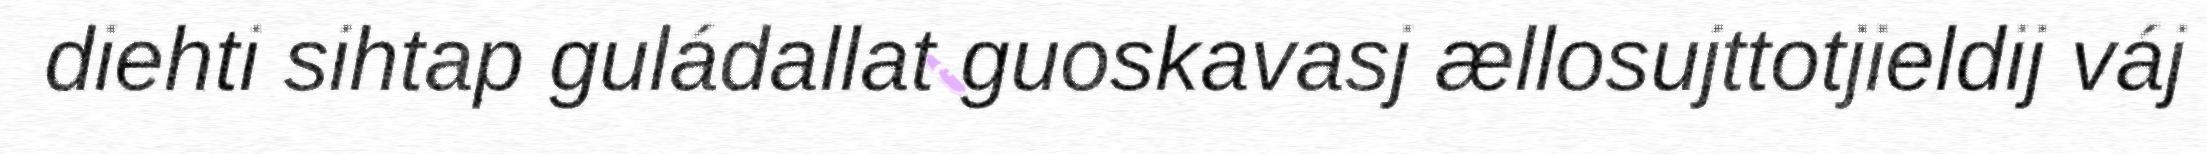
diehti sihtap guládallat guoskavasj ællosujttotjieldij váj